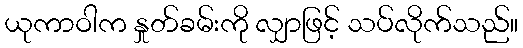
ယုကာဝါက နှုတ်ခမ်းကို လျှာဖြင့် သပ်လိုက်သည်။